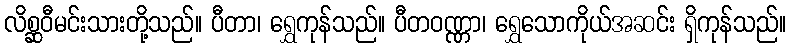
လိစ္ဆဝီမင်းသားတို့သည်။ ပီတာ၊ ရွှေကုန်သည်။ ပီတဝဏ္ဏာ၊ ရွှေသောကိုယ်အဆင်း ရှိကုန်သည်။